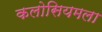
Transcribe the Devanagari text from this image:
कलोसियमला